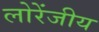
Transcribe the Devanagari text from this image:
लोरेंजीय